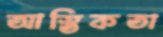
আস্তিকতা